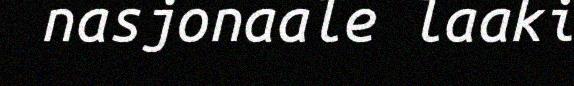
nasjonaale laaki